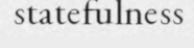
statefulness